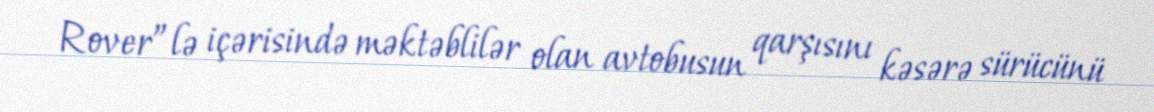
Rover”lə içərisində məktəblilər olan avtobusun qarşısını kəsərə sürücünü